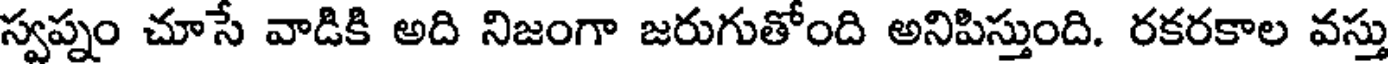
స్వప్నం చూసే వాడికి అది నిజంగా జరుగుతోంది అనిపిస్తుంది. రకరకాల వస్తు